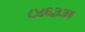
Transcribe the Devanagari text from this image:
८४६३अ